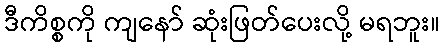
ဒီကိစ္စကို ကျနော် ဆုံးဖြတ်ပေးလို့ မရဘူး။